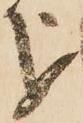
を